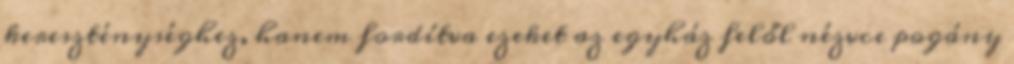
kereszténységhez, hanem fordítva ezeket az egyház felől nézvce pogány